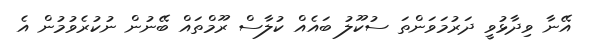
އޭނާ ވިދާޅުވީ ދަރުމަވަންތަ ސުކޫލު ބައެއް ކުލާސް ރޫމްތައް ބޭނުން ނުކުރެވުމުން އެ